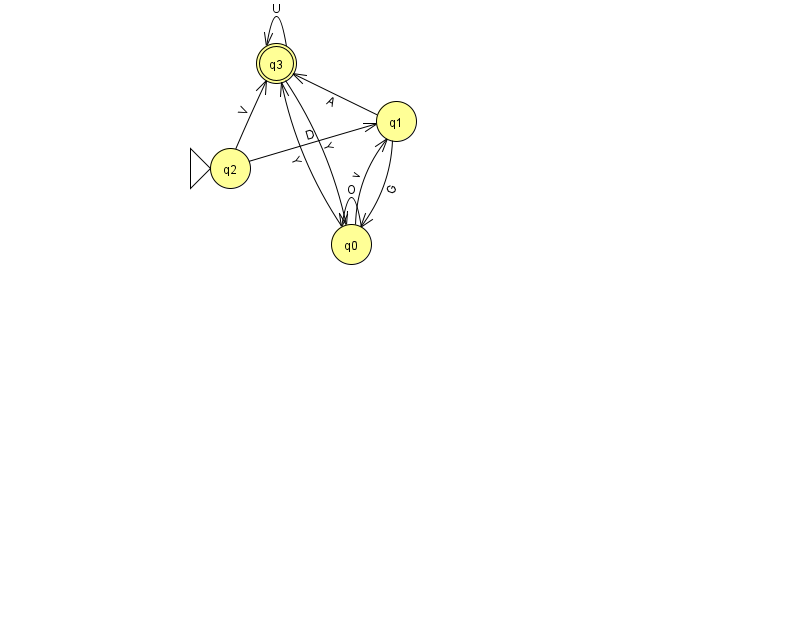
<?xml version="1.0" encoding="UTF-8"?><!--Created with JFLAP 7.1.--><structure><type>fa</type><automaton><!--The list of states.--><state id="0" name="q0"><x>351.0</x><y>231.0</y></state><state id="1" name="q1"><x>396.0</x><y>108.0</y></state><state id="2" name="q2"><x>230.0</x><y>155.0</y><initial/></state><state id="3" name="q3"><x>276.0</x><y>50.0</y><final/></state><!--The list of transitions.--><transition><from>0</from><to>1</to><read>v</read></transition><transition><from>1</from><to>0</to><read>G</read></transition><transition><from>2</from><to>3</to><read>V</read></transition><transition><from>3</from><to>3</to><read>U</read></transition><transition><from>0</from><to>3</to><read>Y</read></transition><transition><from>3</from><to>0</to><read>Y</read></transition><transition><from>1</from><to>3</to><read>A</read></transition><transition><from>2</from><to>1</to><read>D</read></transition><transition><from>0</from><to>0</to><read>O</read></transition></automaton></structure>